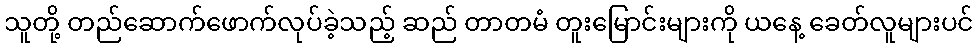
သူတို့ တည်ဆောက်ဖောက်လုပ်ခဲ့သည့် ဆည် တာတမံ တူးမြောင်းများကို ယနေ့ ခေတ်လူများပင်